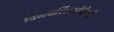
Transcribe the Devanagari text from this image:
दिनदर्शिकांपैकी